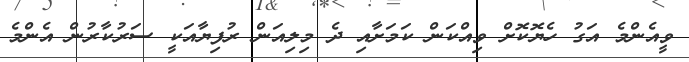
ވީއެންމެ އަގު ހެޔޮކޮށް ވިއްކަން ކަމަށާއި ދެ މިލިއަން ރުފިޔާއަކީ ސަރުކާރުން އެންމެ